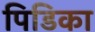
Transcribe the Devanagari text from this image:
पिडिका